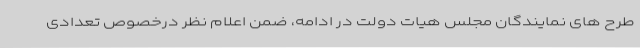
طرح های نمایندگان مجلس هیات دولت در ادامه، ضمن اعلام نظر درخصوص تعدادی